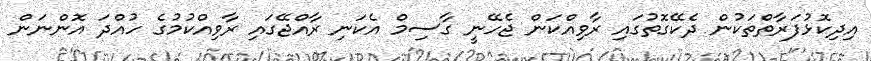
އިދިކޮޅުފަރާތްތަކުން ދެކޭގޮތުގައި ރާވިއްކަން ޖެހޭނީ ގާސިމް އެކަނި ރާއްޖޭގައި ރާވިއްކުމުގެ ހުއްދަ އޮންނަން